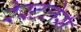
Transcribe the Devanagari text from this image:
रेस्टलेर्स